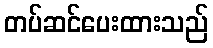
တပ်ဆင်ပေးထားသည်